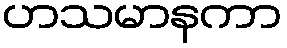
ဟသမာနကာ